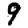
Digit: 9